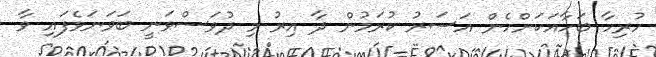
ހުރިހާ ބަހާއަކަށްހެން އަސަރު ކުރަމުން ދާ އިރު މި ދުވަސްވަނީ ބަވަނަވެފައި ވާ